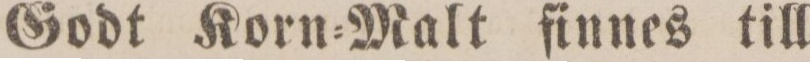
Godt Korn=Malt finnes till